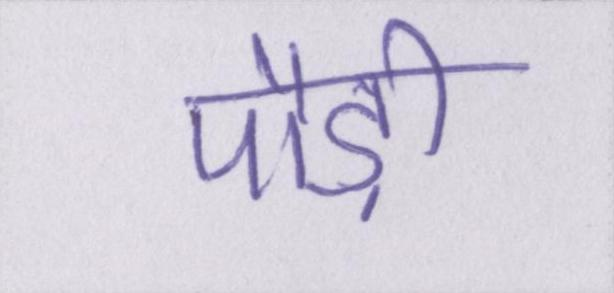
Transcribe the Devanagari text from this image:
पौड़ी